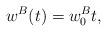
LaTeX: \begin{align*}w^B(t)=w_{0}^{B}t,\end{align*}